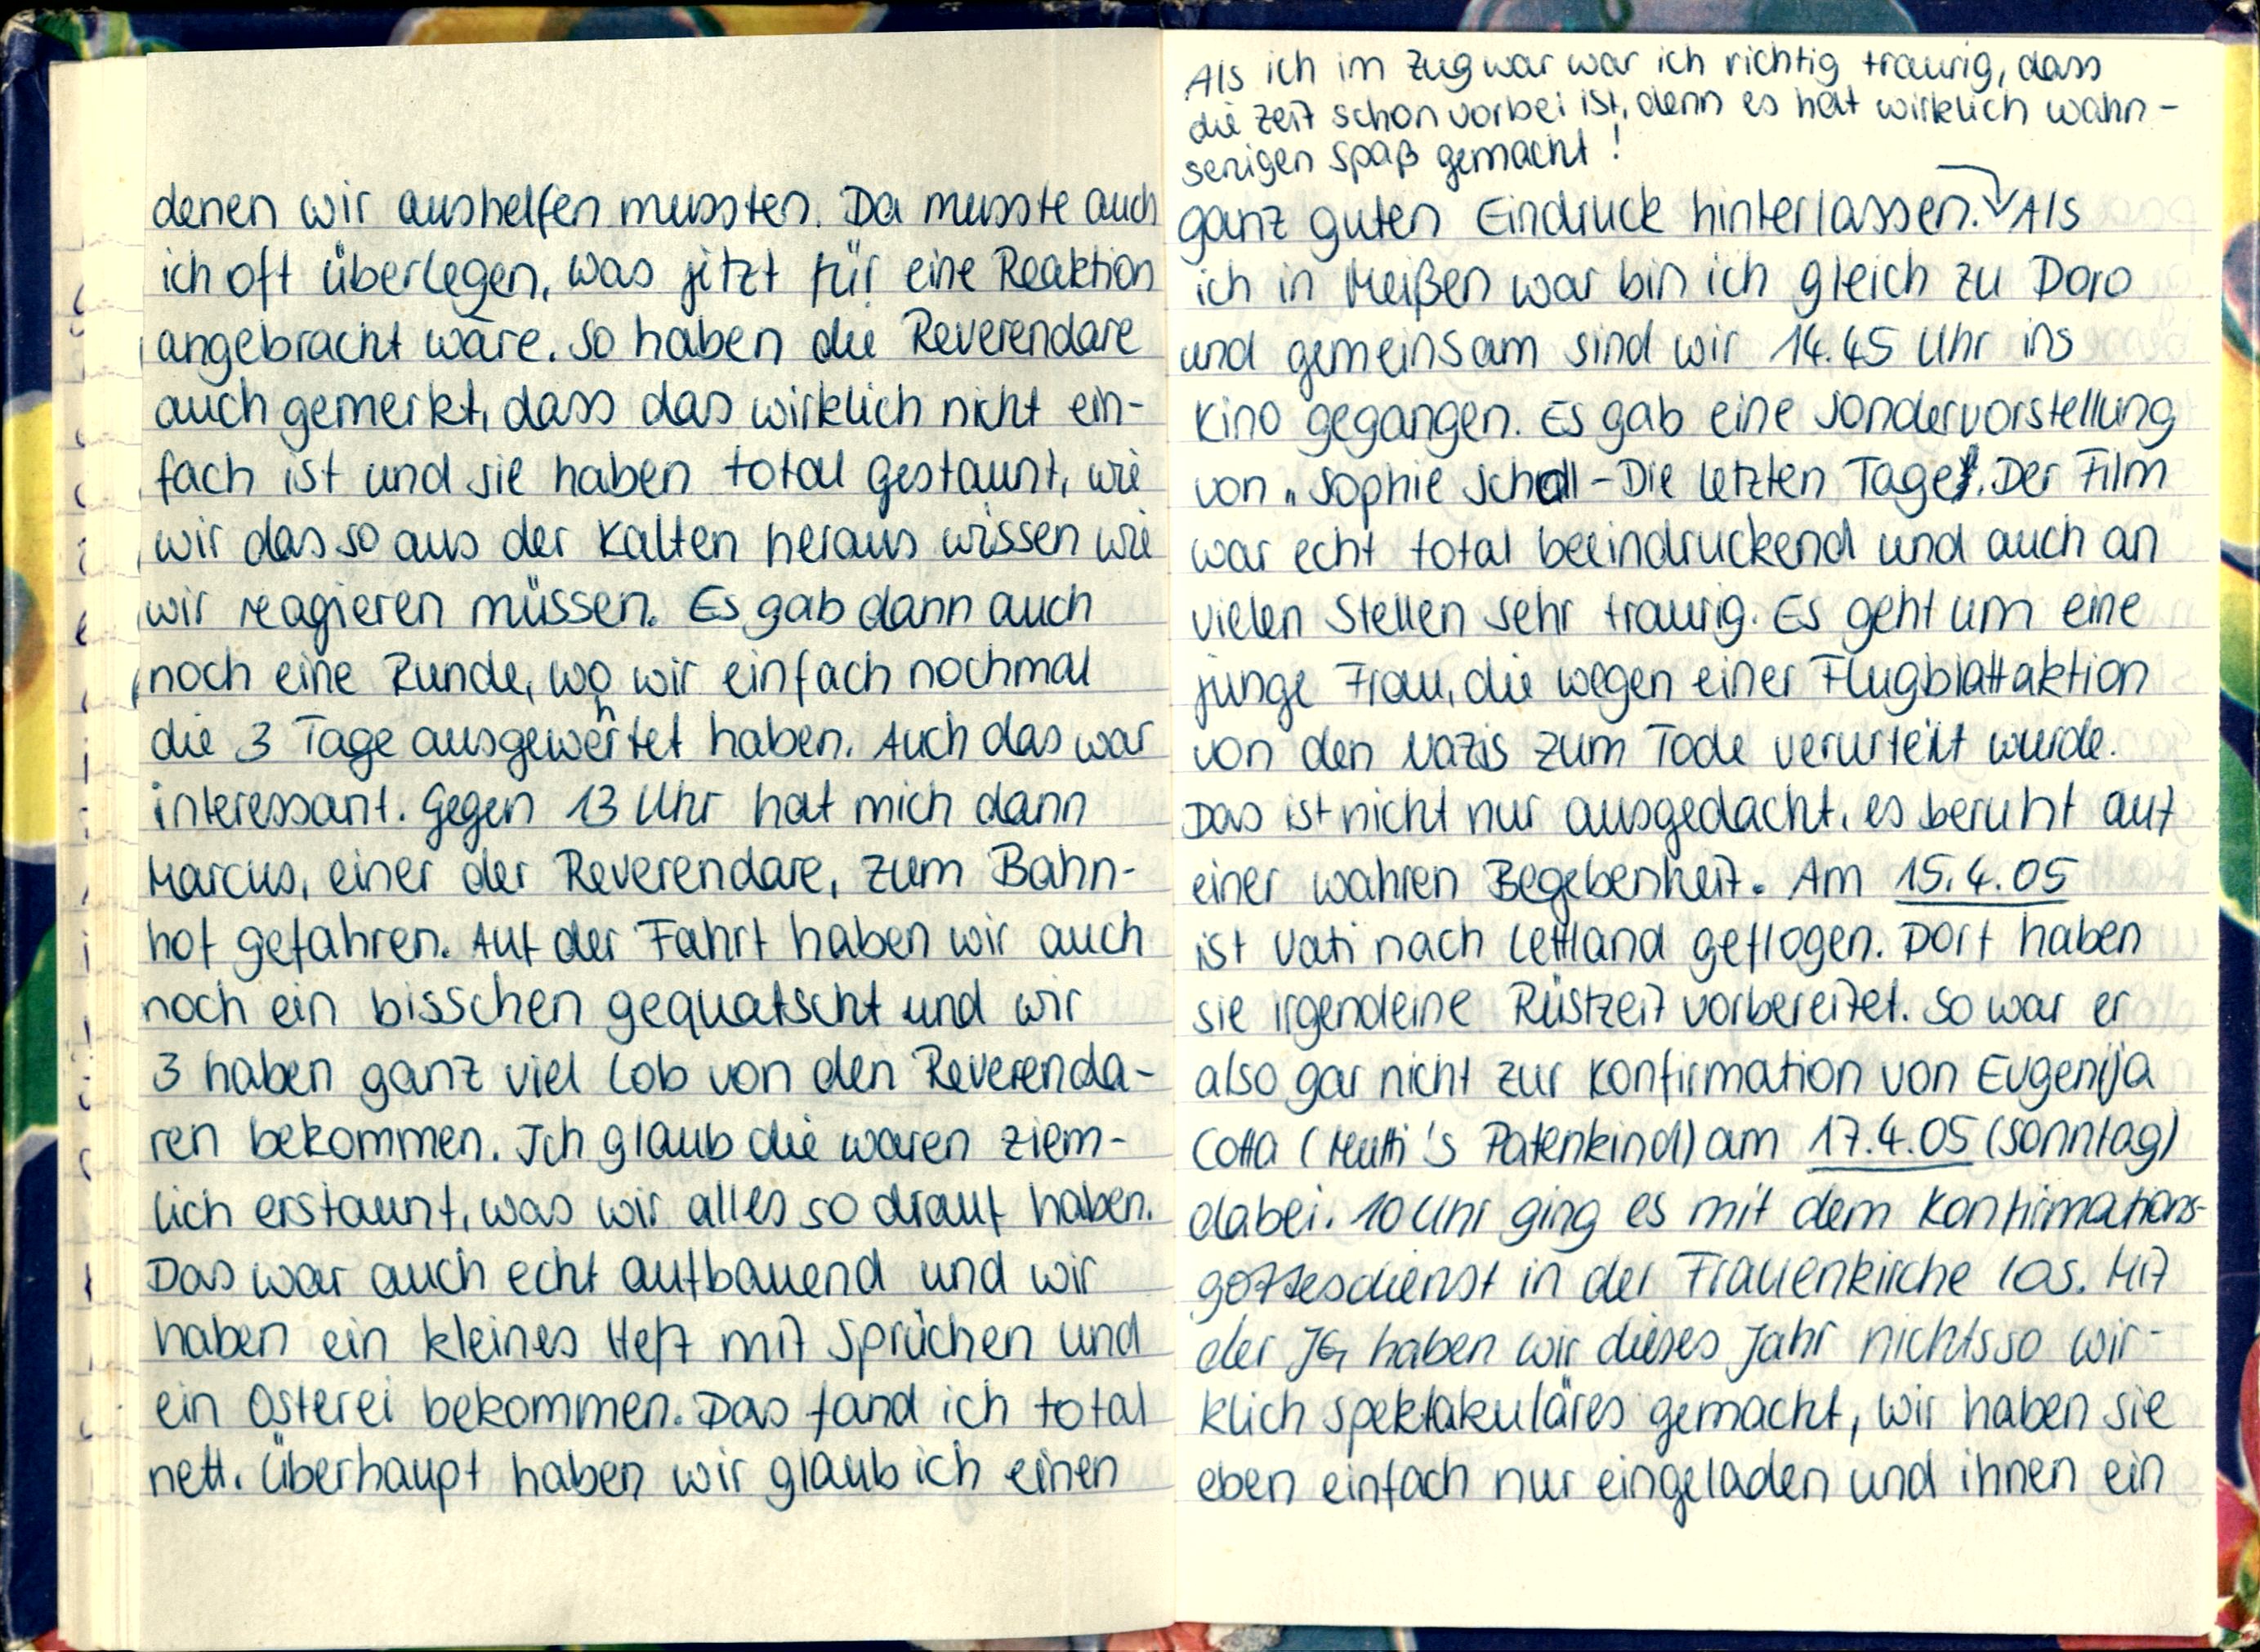
denen wir aushelfen mussten. Da musste auch
ich oft überlegen, was jetzt für eine Reaktion
angebracht wäre. So haben die Reverendare
auch gemerkt, dass das wirklich nicht ein-
fach ist und sie haben total gestaunt, wie
wir das so aus der Kalten heraus wissen wie
wir reagieren müssen. Es gab dann auch
noch eine Runde, wo wir einfach nochmal
die 3 Tage ausgewertet haben. Auch das war
interssant. Gegen 13 Uhr hat mich dann
Marcus, einer der Reverendare, zum Bahn-
hof gefahren. Auf der Fahrt haben wir auch
noch ein bisschen gequatscht und wir
3 haben ganz viel Lob von den Reverenda-
ren bekommen. Ich glaub die waren ziem-
lich erstaunt, was wir alles so drauf haben.
Das war auch echt aufbauend und wir
haben ein kleines Heft mit Sprüchen und
ein Osterei bekommen. Das fand ich total
nett. Überhaupt haben wir glaub ich einen

ganz guten Eindruck hinterlassen. Als
Als ich im Zug war war ich richtig traurig, dass
die Zeit schon vorbei ist, denn es hat wirklich wahn-
senigen Spaß gemacht.
ich in Meißen war bin ich gleich zu Doro
und gemeinsam sind wir 14.45 Uhr ins
Kino gegangen. Es gab eine Sondervorstellung
von„ Sophie Scholl - Die letzten Tage". Der Film
war echt total beeindruckend und auch an
vielen Stellen sehr traurig. Es geht um eine
junge Frau, die wegen einer Flugblattaktion
von den Nazis zum Tode verurtelt wurde.
Das ist nicht nur ausgedacht, es beruht auf
einer wahren Begebenheit. Am 15.4.05
ist Vati nach Lettland geflogen. Dort haben
sie irgendeine Rüstzeit vorbereitet. So war er
also gar nicht zur Konfirmation von Evgenija
Cotta (Mutti's Patenkind) am 17.4.05 (Sonntag)
dabei. 10 Uhr ging es mit dem Konfirmatons-
gottesdienst in der Frauenkirche los. Mit
der JG haben wir dieses Jahr nichtsso wir-
klich spektakuläres gemacht, wir haben sie
eben einfach nur eingeladen und ihnen ein